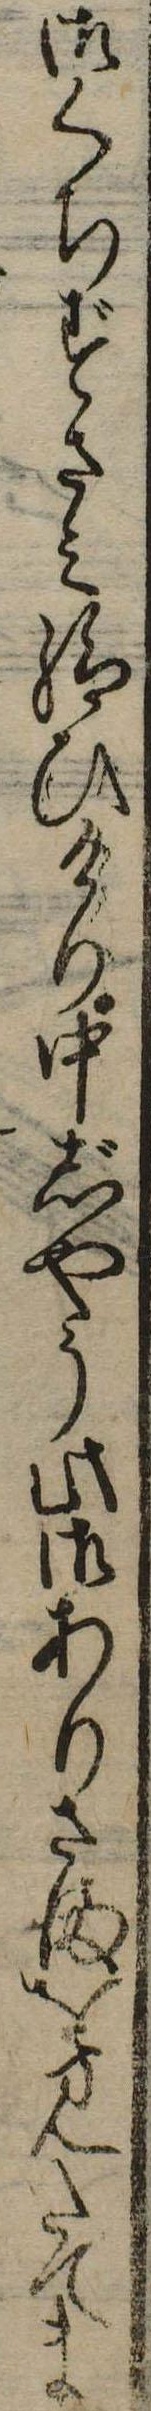
御くちずさみ給ひけり中じやう此御ありさまを見たてま